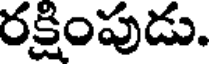
రక్షింపుడు.